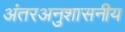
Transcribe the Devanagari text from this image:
अंतरअनुशासनीय